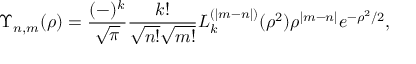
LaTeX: \Upsilon _ { n , m } ( \rho ) = \frac { ( - ) ^ { k } } { \sqrt { \pi } } \frac { k ! } { \sqrt { n ! } \sqrt { m ! } } L _ { k } ^ { ( | m - n | ) } ( \rho ^ { 2 } ) \rho ^ { | m - n | } e ^ { - \rho ^ { 2 } / 2 } ,